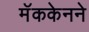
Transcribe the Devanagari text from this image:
मॅककेनने